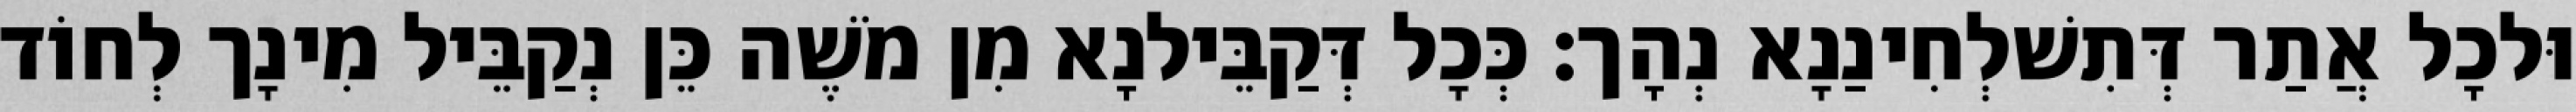
וּלכָל אֲתַר דְּתִשׁלְחִינַנָא נְהָך׃ כְּכָל דְּקַבֵּילנָא מִן מֹשֶׁה כֵּן נְקַבֵּיל מִינָך לְחוֹד